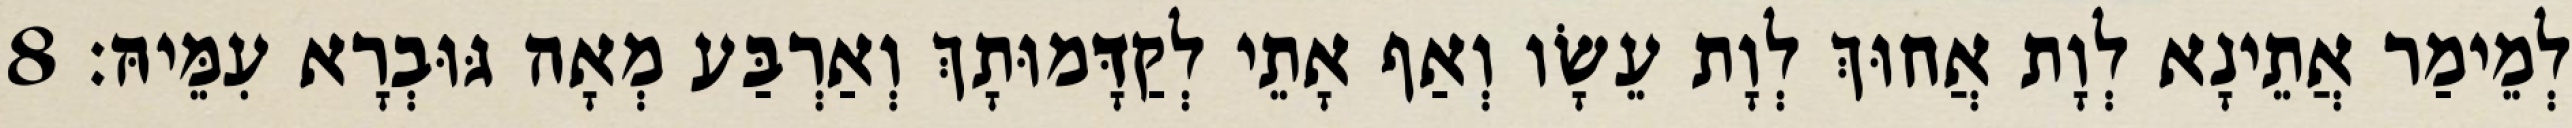
לְמֵימַר אֲתֵינָא לְוָת אֲחוּךְ לְוָת עֵשָׂו וְאַף אָתֵי לְקַדָּמוּתָךְ וְאַרְבַּע מְאָה גּוּבְרָא עִמֵּיהּ׃ 8